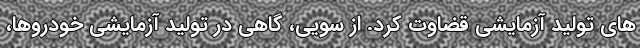
های تولید آزمایشی قضاوت کرد. از سویی، گاهی در تولید آزمایشی خودروها،